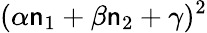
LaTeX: (\alpha\mathsf{n}_{1}+\beta\mathsf{n}_{2}+\gamma)^{2}